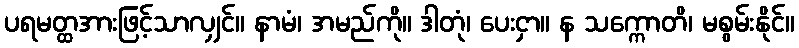
ပရမတ္ထအားဖြင့်သာလျှင်။ နာမံ၊ အမည်ကို။ ဒါတုံ၊ ပေးငှာ။ န သက္ကောတိ၊ မစွမ်းနိုင်။